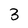
Character: 3